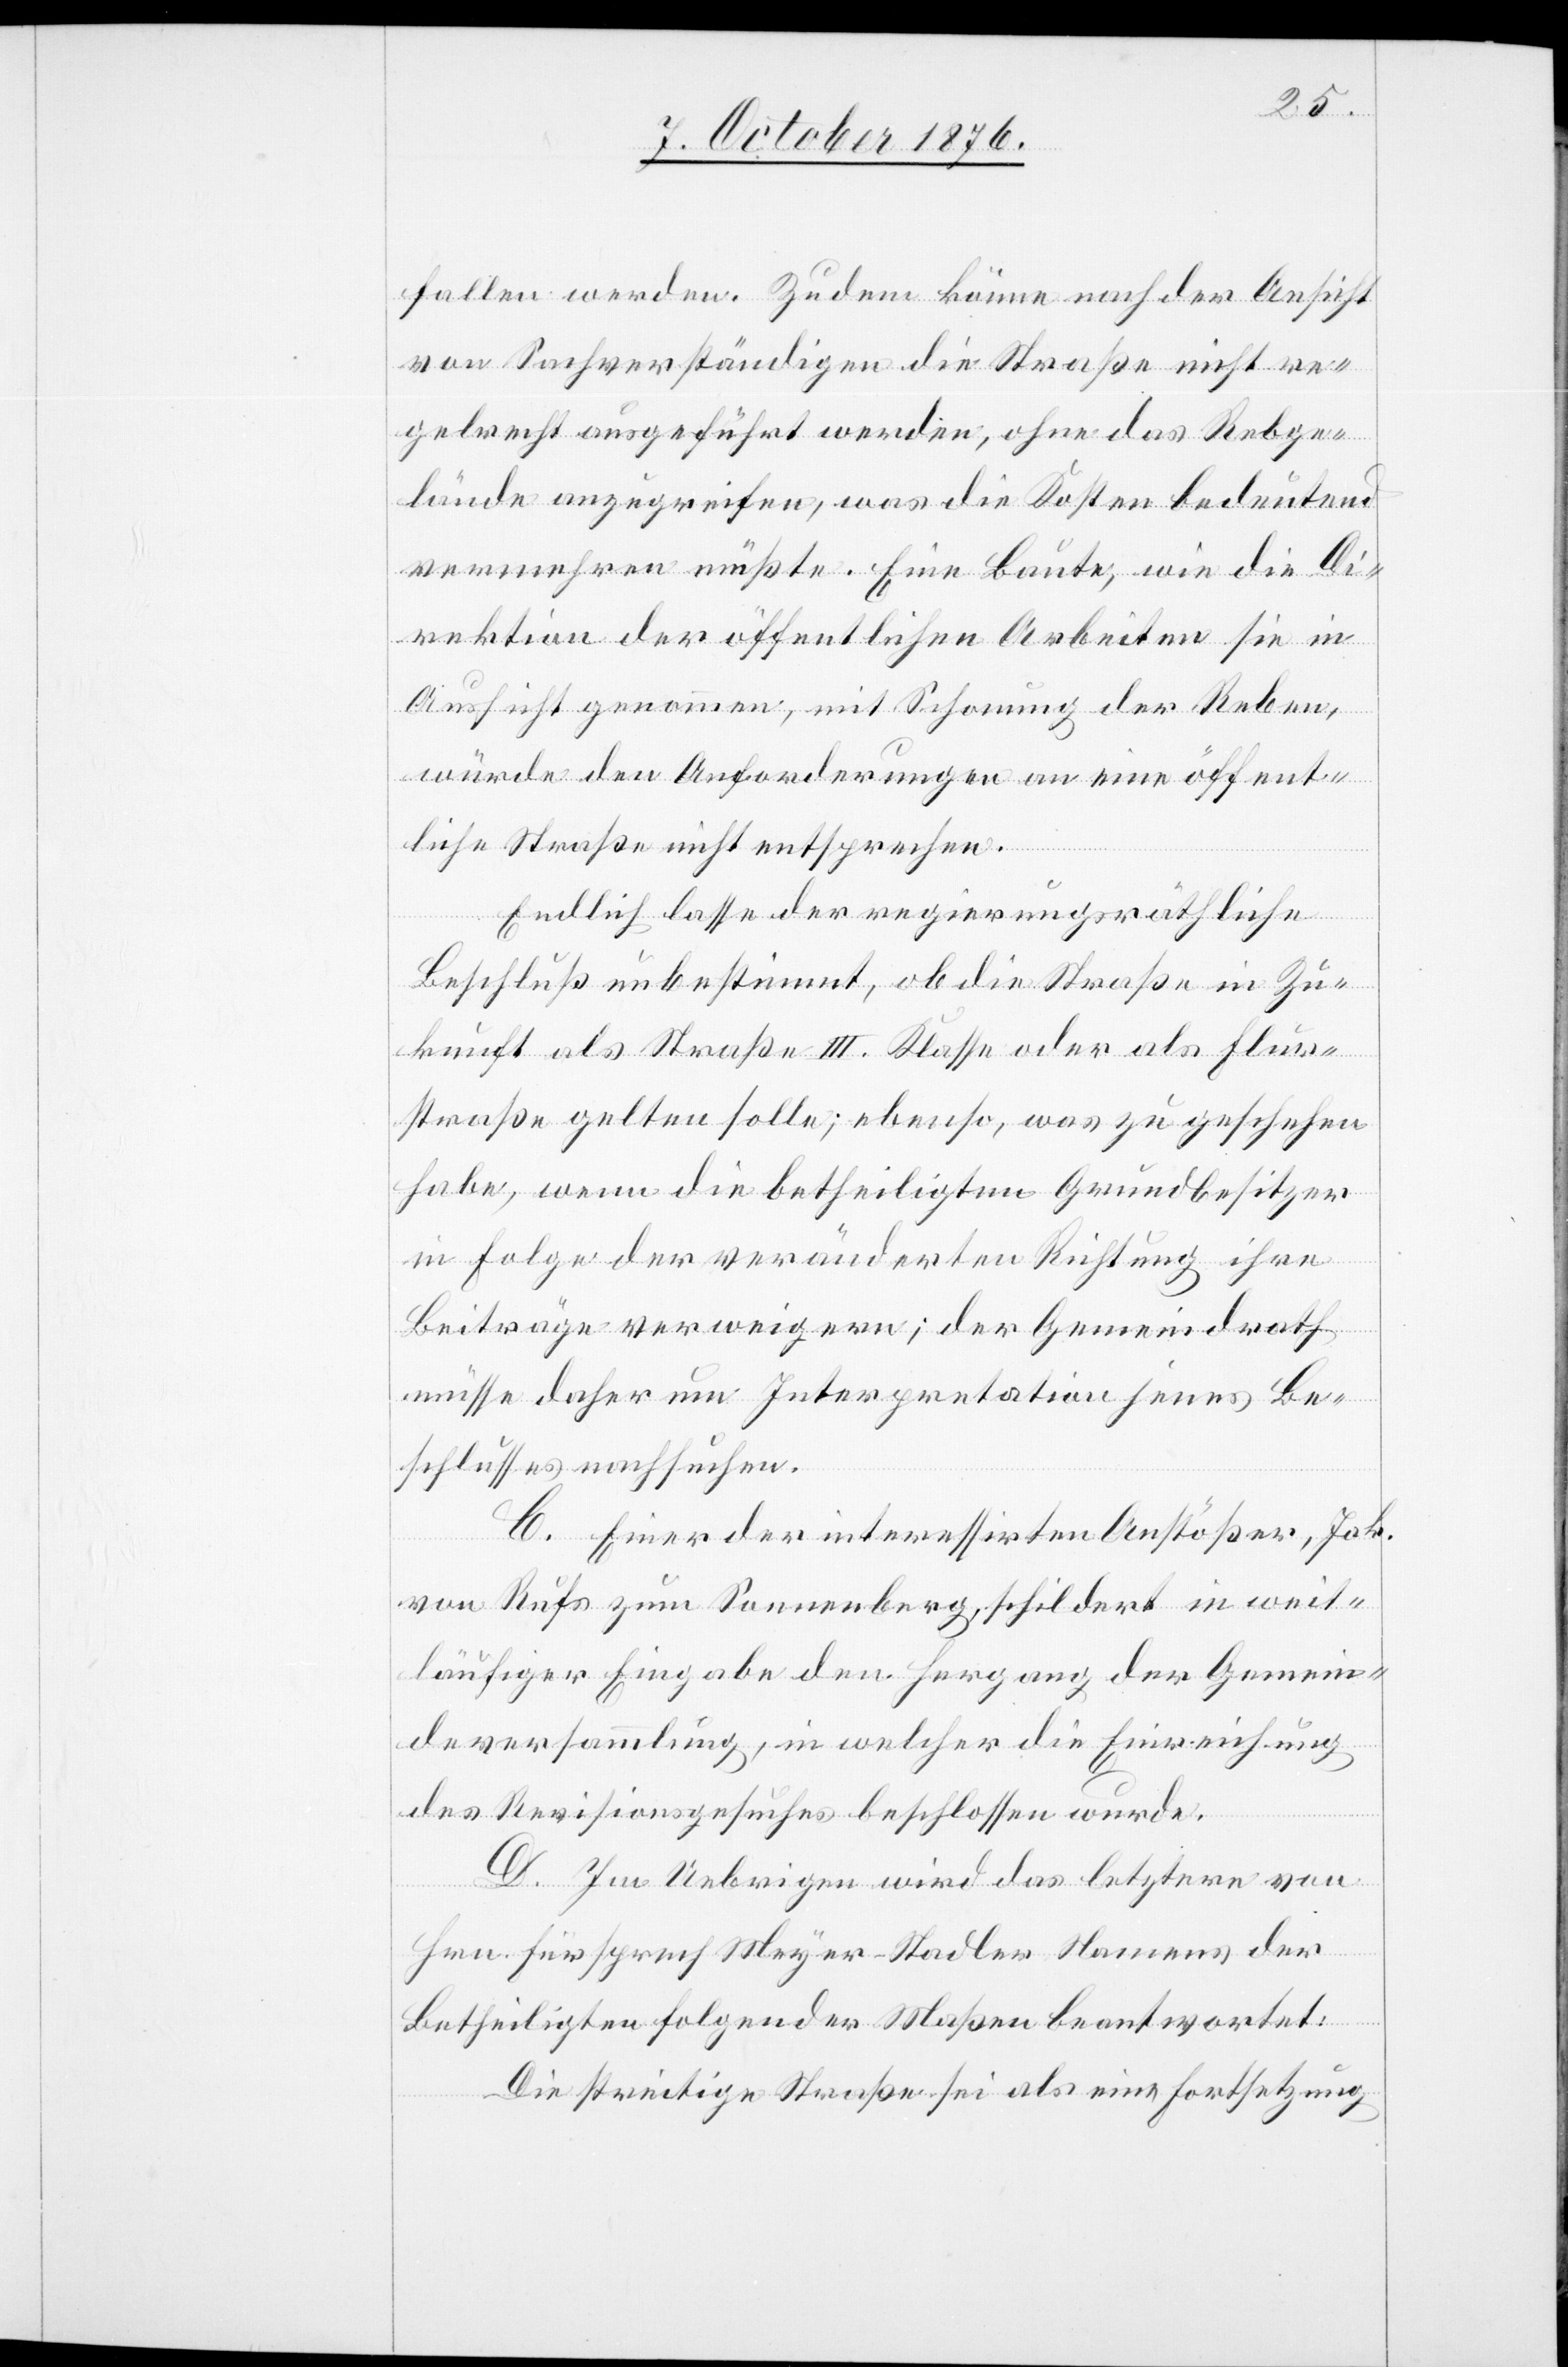
fallen werden. Zudem könne nach der Ansicht
von Sachverständigen die Straße nicht re¬
gelrecht ausgeführt werden, ohne das Rebge¬
lände anzugreifen, was die Kosten bedeutend
vermehren müßte. Eine Baute, wie die Di¬
rektion der öffentlichen Arbeiten sie in
Aussicht genommen, mit Schonung der Reben,
würde den Anforderungen an eine öffent¬
liche Straße nicht entsprechen.
Endlich lasse der regierungsräthliche
Beschluß unbestimmt, ob die Straße in Zu¬
kunft als Straße III. Klasse oder als Flur¬
straße gelten solle; ebenso, was zu geschehen
habe, wenn die betheiligten Grundbesitzer
in Folge der veränderten Richtung ihre
Beiträge verweigern; der Gemeindrath
müsse daher um Interpretation jenes Be¬
schlusses nachsuchen.
C. Einer der interessirten Anstößer, Jak.
von Rufs zum Sonnenberg, schildert in weit¬
läufiger Eingabe den Hergang der Gemein¬
deversammlung, in welcher die Einreichung
des Revisionsgesuches beschlossen wurde.
D. Im Uebrigen wird das letztere von
Hrn. Fürsprech Meyer-Stadler Namens der
Betheiligten folgender Maßen beantwortet:
Die streitige Straße sei als eine Fortsetzung